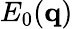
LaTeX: E_{0}(\mathbf{q})